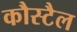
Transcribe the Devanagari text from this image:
कौस्टैल